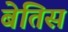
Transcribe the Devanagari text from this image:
बेतिस